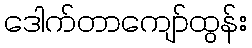
ဒေါက်တာကျော်ထွန်း